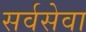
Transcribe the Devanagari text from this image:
सर्वसेवा